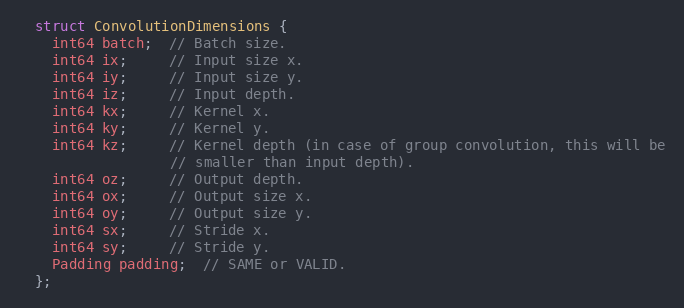
Language: C
  struct ConvolutionDimensions {
    int64 batch;  // Batch size.
    int64 ix;     // Input size x.
    int64 iy;     // Input size y.
    int64 iz;     // Input depth.
    int64 kx;     // Kernel x.
    int64 ky;     // Kernel y.
    int64 kz;     // Kernel depth (in case of group convolution, this will be
                  // smaller than input depth).
    int64 oz;     // Output depth.
    int64 ox;     // Output size x.
    int64 oy;     // Output size y.
    int64 sx;     // Stride x.
    int64 sy;     // Stride y.
    Padding padding;  // SAME or VALID.
  };